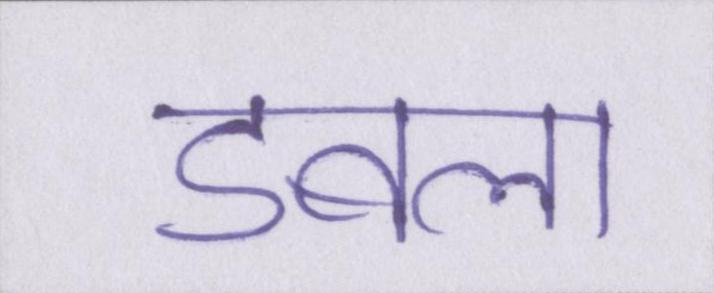
डबला